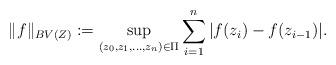
LaTeX: \begin{align*} \|f\|_{BV(Z)} := \sup_{(z_0, z_1, \ldots, z_n) \in \Pi} \sum_{i=1}^n |f(z_i) - f(z_{i-1})|.\end{align*}